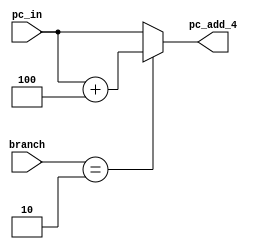
`timescale 1ns / 1ps
//////////////////////////////////////////////////////////////////////////////////
/*
The adder of 4 units module, triggered by the positive edge of the MEM clock
Functions:  A adder of 4 units where needed
Inputs:     The current program counter 
            The branching control signal 
Outputs:    The updated PC, 4 added for only the instructions needed
*/ 
//////////////////////////////////////////////////////////////////////////////////


module Adder_4(
    input [31:0] pc_in,   
    input [1:0] branch,
    output reg [31:0] pc_add_4
    );
    
    always@(*)
        begin
        if (/*branch == 2'b01 ||8*/ branch == 2'b10)
            pc_add_4 <= pc_in + 32'd4; 
        else
            pc_add_4 <= pc_in;
        end
endmodule